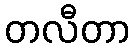
တလီတာ